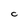
Character: C